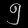
Digit: ၅